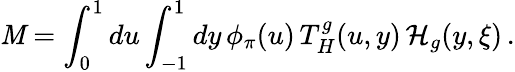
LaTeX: {\mathit M}=\int_{0}^{1}du\int_{-1}^{1}dy\, \phi_{\pi}(u)\, T_{H}^{g}(u,y)\, {\cal H}_{g}(y,\xi)\, .